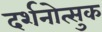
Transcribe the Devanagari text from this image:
दर्शनोत्सुक